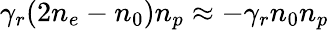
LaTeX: \gamma_{r}(2n_{e}-n_{0})n_{p}\approx-\gamma_{r}n_{0}n_{p}